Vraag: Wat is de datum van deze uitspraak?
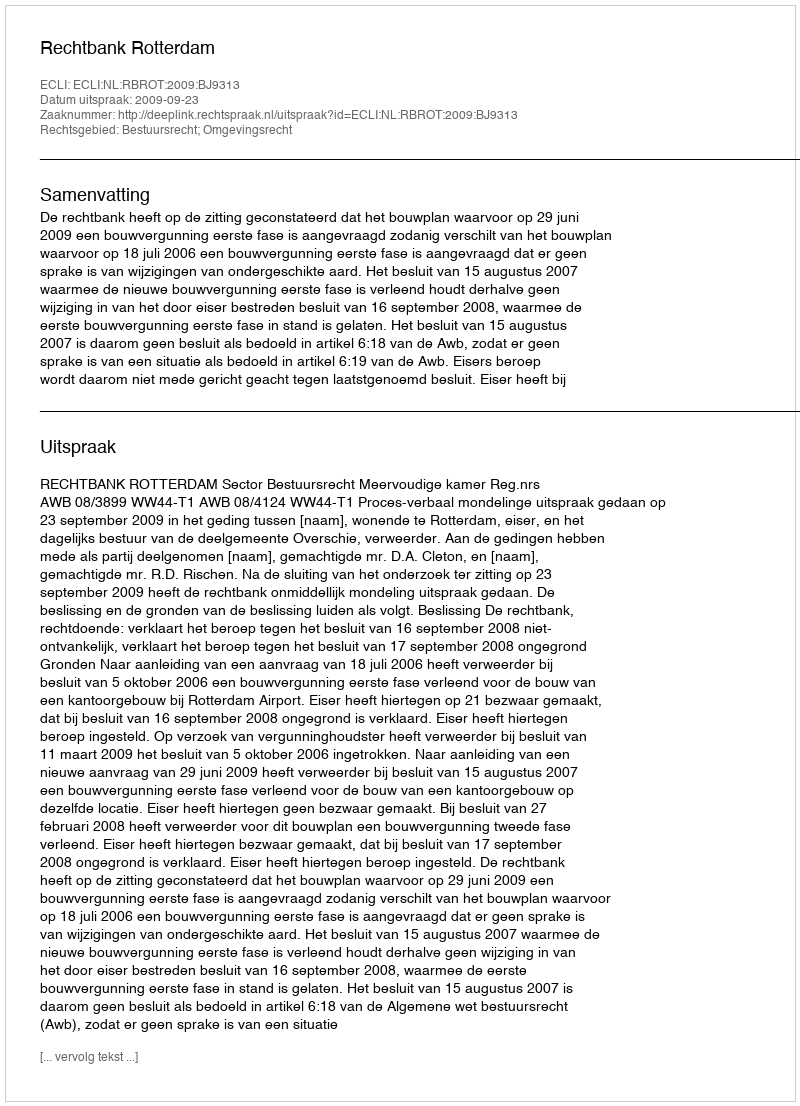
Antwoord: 2009-09-23